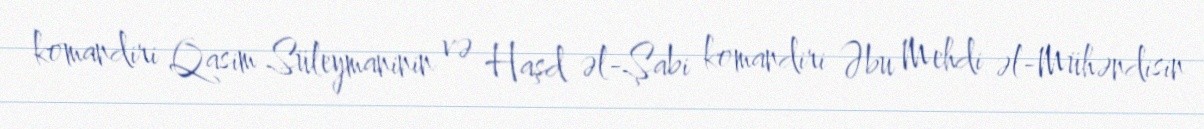
komandiri Qasim Süleymaninin və Haşd əl-Şabi komandiri Əbu Mehdi əl-Mühəndisin